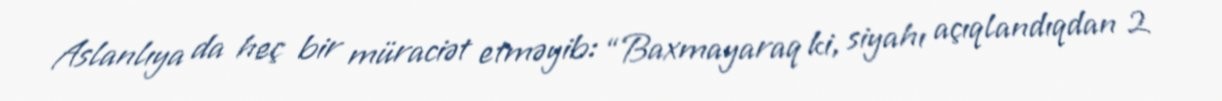
Aslanlıya da heç bir müraciət etməyib: “Baxmayaraq ki, siyahı açıqlandıqdan 2